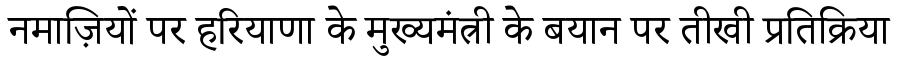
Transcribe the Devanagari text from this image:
नमाज़ियों पर हरियाणा के मुख्यमंत्री के बयान पर तीखी प्रतिक्रिया